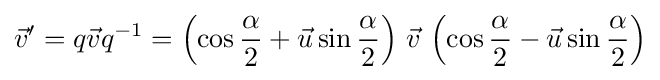
{\vec {v}}'=q{\vec {v}}q^{-1}=\left(\cos {\frac {\alpha }{2}}+{\vec {u}}\sin {\frac {\alpha }{2}}\right)\,{\vec {v}}\,\left(\cos {\frac {\alpha }{2}}-{\vec {u}}\sin {\frac {\alpha }{2}}\right)